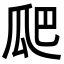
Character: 𭺗